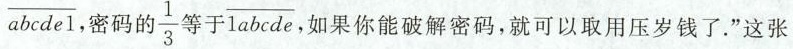
\overline{abcde1}，密码的\frac{1}{3}等于\overline{1abcde}如果你能破解密码，就可以取用压岁钱了.”这张